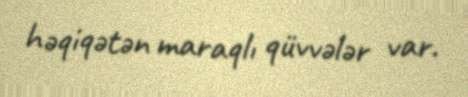
həqiqətən maraqlı qüvvələr var.